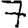
Digit: 7